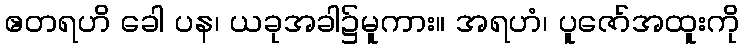
ဧတရဟိ ခေါ ပန၊ ယခုအခါ၌မူကား။ အရဟံ၊ ပူဇော်အထူးကို